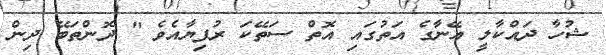
ޝުހާ ދައްކާލީ އޭނާގެ އަތުގައި އޮތް ސަތޭކަ ރުފިޔާއެވެ " ދޮންތަބޭ ދިން